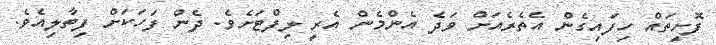
ފޮށިތައް ހިފައިގެން އެތެރެއަށް ވަދެ އެންމެން އެރީ ލިފްޓަށެވެ. ދެން ފަހަކަށް ފިތާލިއެވެ.